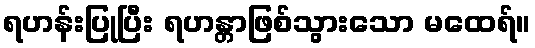
ရဟန်းပြုပြီး ရဟန္တာဖြစ်သွားသော မထေရ်။